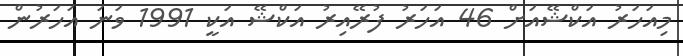
މިއަހަރު އަކްޝޭއަށް 46 އަހަރު ފުރޭއިރު އަކްޝޭ އަކީ 1991 ވަނަ އަހަރުން